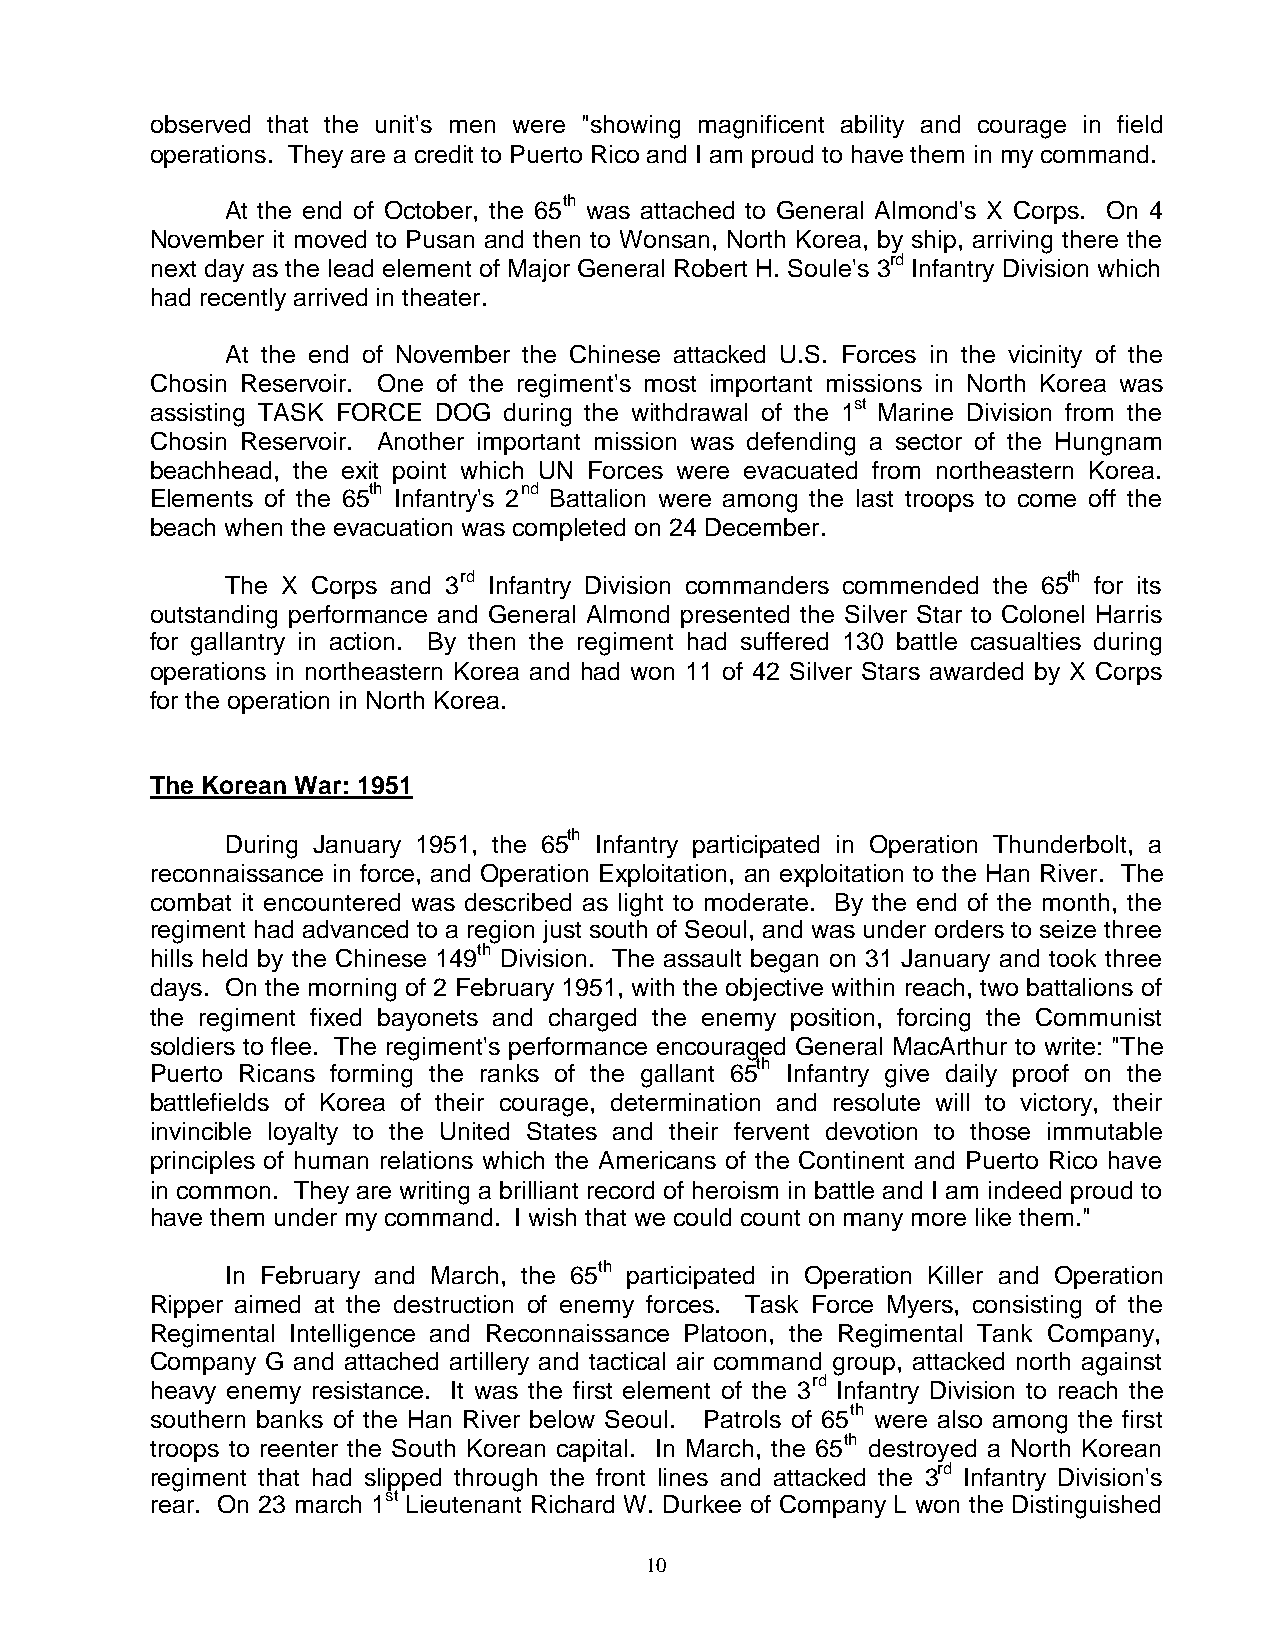
observed that the unit's men were "showing magnificent ability and courage in field
 operations. They are a credit to Puerto Rico and I am proud to have them in my command.
 At the end of October, the 65th was attached to General Almond's X Corps. On 4
 November it moved to Pusan and then to Wonsan, North Korea, by ship, arriving there the
 next day as the lead element of Major General Robert H. Soule's 3rd Infantry Division which
 had recently arrived in theater.
 At the end of November the Chinese attacked U.S. Forces in the vicinity of the
 Chosin Reservoir. One of the regiment's most important missions in North Korea was
 assisting TASK FORCE DOG during the withdrawal of the 1st Marine Division from the
 Chosin Reservoir. Another important mission was defending a sector of the Hungnam
 beachhead, the exit point which UN Forces were evacuated from northeastern Korea.
 Elements of the 65th Infantry's 2nd Battalion were among the last troops to come off the
 beach when the evacuation was completed on 24 December.
 The X Corps and 3rd Infantry Division commanders commended the 65th for its
 outstanding performance and General Almond presented the Silver Star to Colonel Harris
 for gallantry in action. By then the regiment had suffered 130 battle casualties during
 operations in northeastern Korea and had won 11 of 42 Silver Stars awarded by X Corps
 for the operation in North Korea.
 The Korean War: 1951
 During January 1951, the 65th Infantry participated in Operation Thunderbolt, a
 reconnaissance in force, and Operation Exploitation, an exploitation to the Han River. The
 combat it encountered was described as light to moderate. By the end of the month, the
 regiment had advanced to a region just south of Seoul, and was under orders to seize three
 hills held by the Chinese 149th Division. The assault began on 31 January and took three
 days. On the morning of 2 February 1951, with the objective within reach, two battalions of
 the regiment fixed bayonets and charged the enemy position, forcing the Communist
 soldiers to flee. The regiment's performance encouraged General MacArthur to write: "The
 Puerto Ricans forming the ranks of the gallant 65th Infantry give daily proof on the
 battlefields of Korea of their courage, determination and resolute will to victory, their
 invincible loyalty to the United States and their fervent devotion to those immutable
 principles of human relations which the Americans of the Continent and Puerto Rico have
 in common. They are writing a brilliant record of heroism in battle and I am indeed proud to
 have them under my command. I wish that we could count on many more like them."
 In February and March, the 65th participated in Operation Killer and Operation
 Ripper aimed at the destruction of enemy forces. Task Force Myers, consisting of the
 Regimental Intelligence and Reconnaissance Platoon, the Regimental Tank Company,
 Company G and attached artillery and tactical air command group, attacked north against
 heavy enemy resistance. It was the first element of the 3rd Infantry Division to reach the
 southern banks of the Han River below Seoul. Patrols of 65th were also among the first
 troops to reenter the South Korean capital. In March, the 65th destroyed a North Korean
 regiment that had slipped through the front lines and attacked the 3rd Infantry Division's
 rear. On 23 march 1st Lieutenant Richard W. Durkee of Company L won the Distinguished
 10